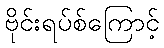
ဗိုင်းရပ်စ်ကြောင့်